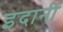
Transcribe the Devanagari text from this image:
इदानीं